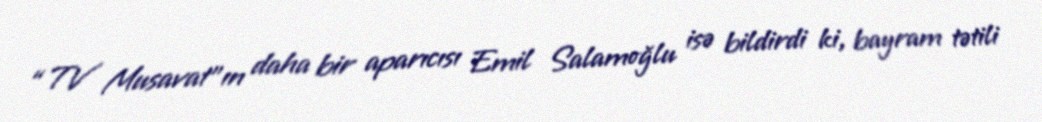
“TV Musavat”ın daha bir aparıcısı Emil Salamoğlu isə bildirdi ki, bayram tətili